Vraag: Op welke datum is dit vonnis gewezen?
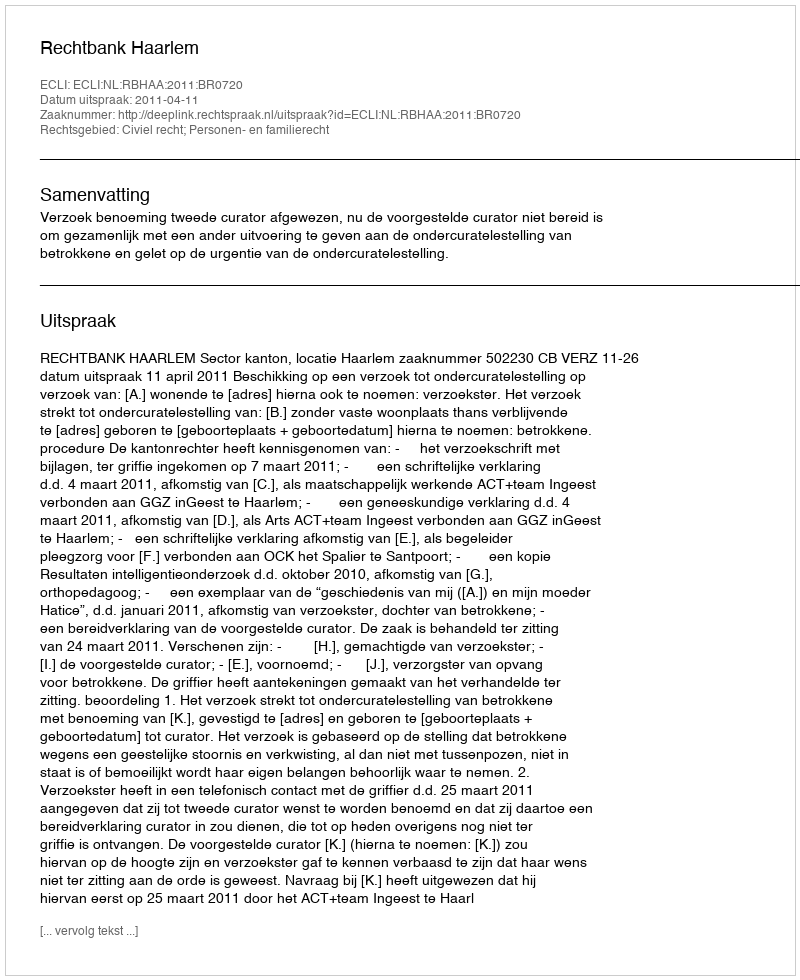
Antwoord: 2011-04-11